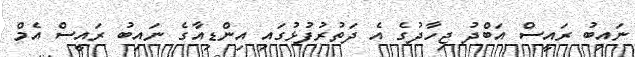
ނައިބު ރައީސް އަބްދު ޖިހާދުގެ އެ ދަތުރުފުޅުގައި އިންޑިއާގެ ނައިބު ރައީސް އެމް